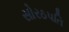
સોરઠપતિ